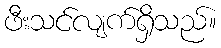
ဖီးသင်လျက်ရှိသည်။